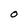
Character: O